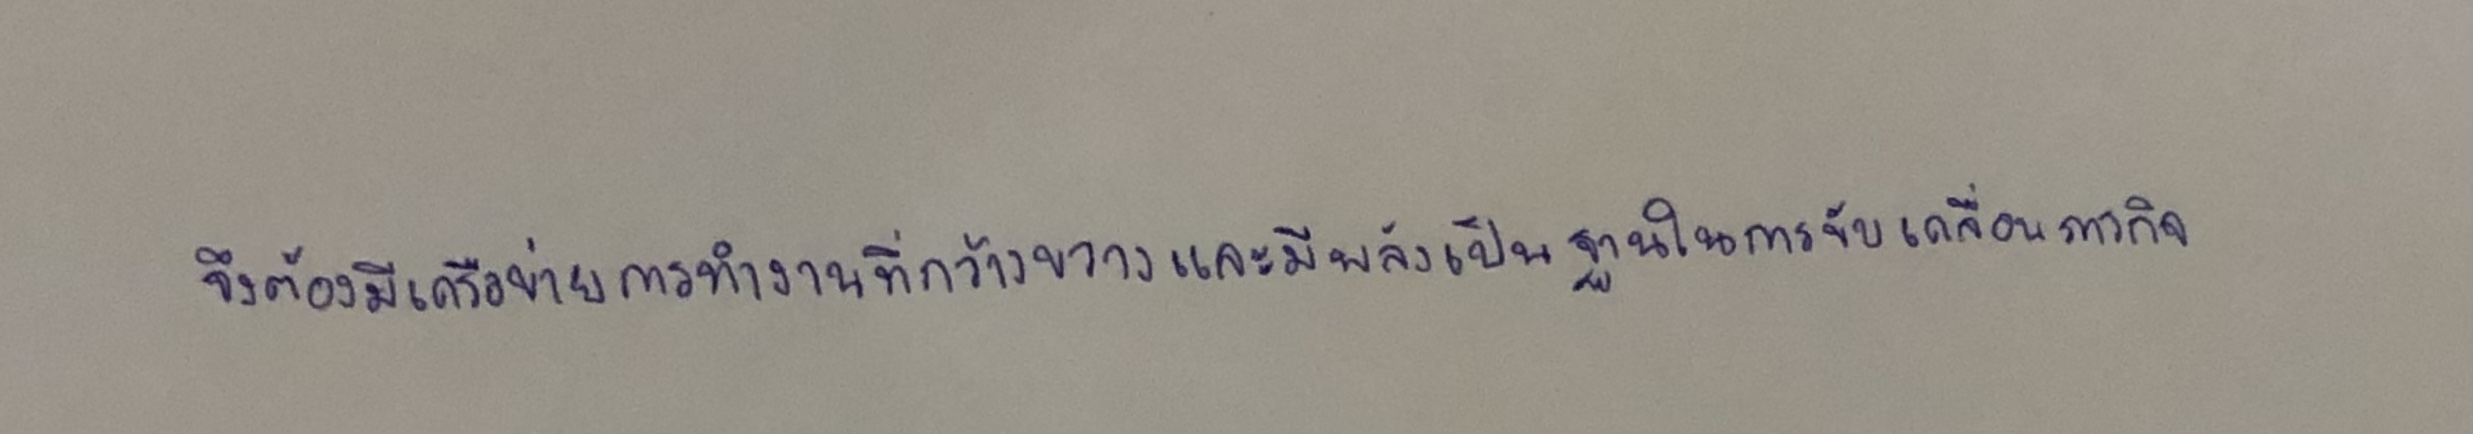
จึงต้องมีเครือข่ายการทำงานที่กว้างขวางและมีพลังเป็นฐานในการขับเคลื่อนภารกิจ